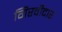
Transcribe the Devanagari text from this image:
गिरवीदार